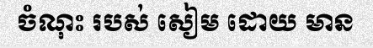
ចំណុះ របស់ សៀម ដោយ មាន